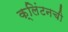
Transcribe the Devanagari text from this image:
क्लिंटनची